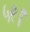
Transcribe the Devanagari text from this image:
५९।